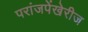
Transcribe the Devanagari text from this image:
परांजपेंखेरीज